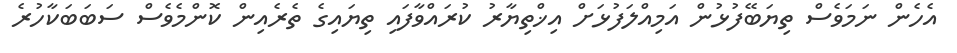
އެހެން ނަމަވެސް ތިޔަބޭފުޅުން އަމިއްލަފުޅަށް އިޚްތިޔާރު ކުރައްވާފައި ތިޔައިގެ ތެރެއިން ކޮންމެވެސް ސަބަބަކާހުރެ